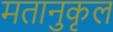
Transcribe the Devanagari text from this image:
मतानुकृल